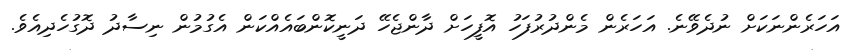
އަހަރެންނަކަށް ނުދެވޭނެ. އަހަރެން މެންދުރުފަހު އޮފީހަށް ދާންޖެހޭ ދަނީކޮންބައެއްކަން އެގުމުން ނިސާދު ދޮގުހެދިއެވެ.